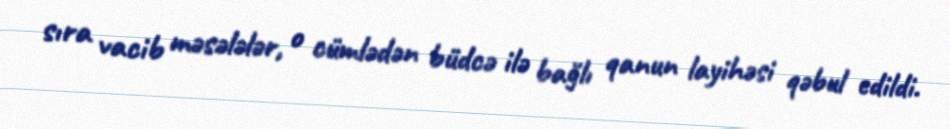
sıra vacib məsələlər, o cümlədən büdcə ilə bağlı qanun layihəsi qəbul edildi.